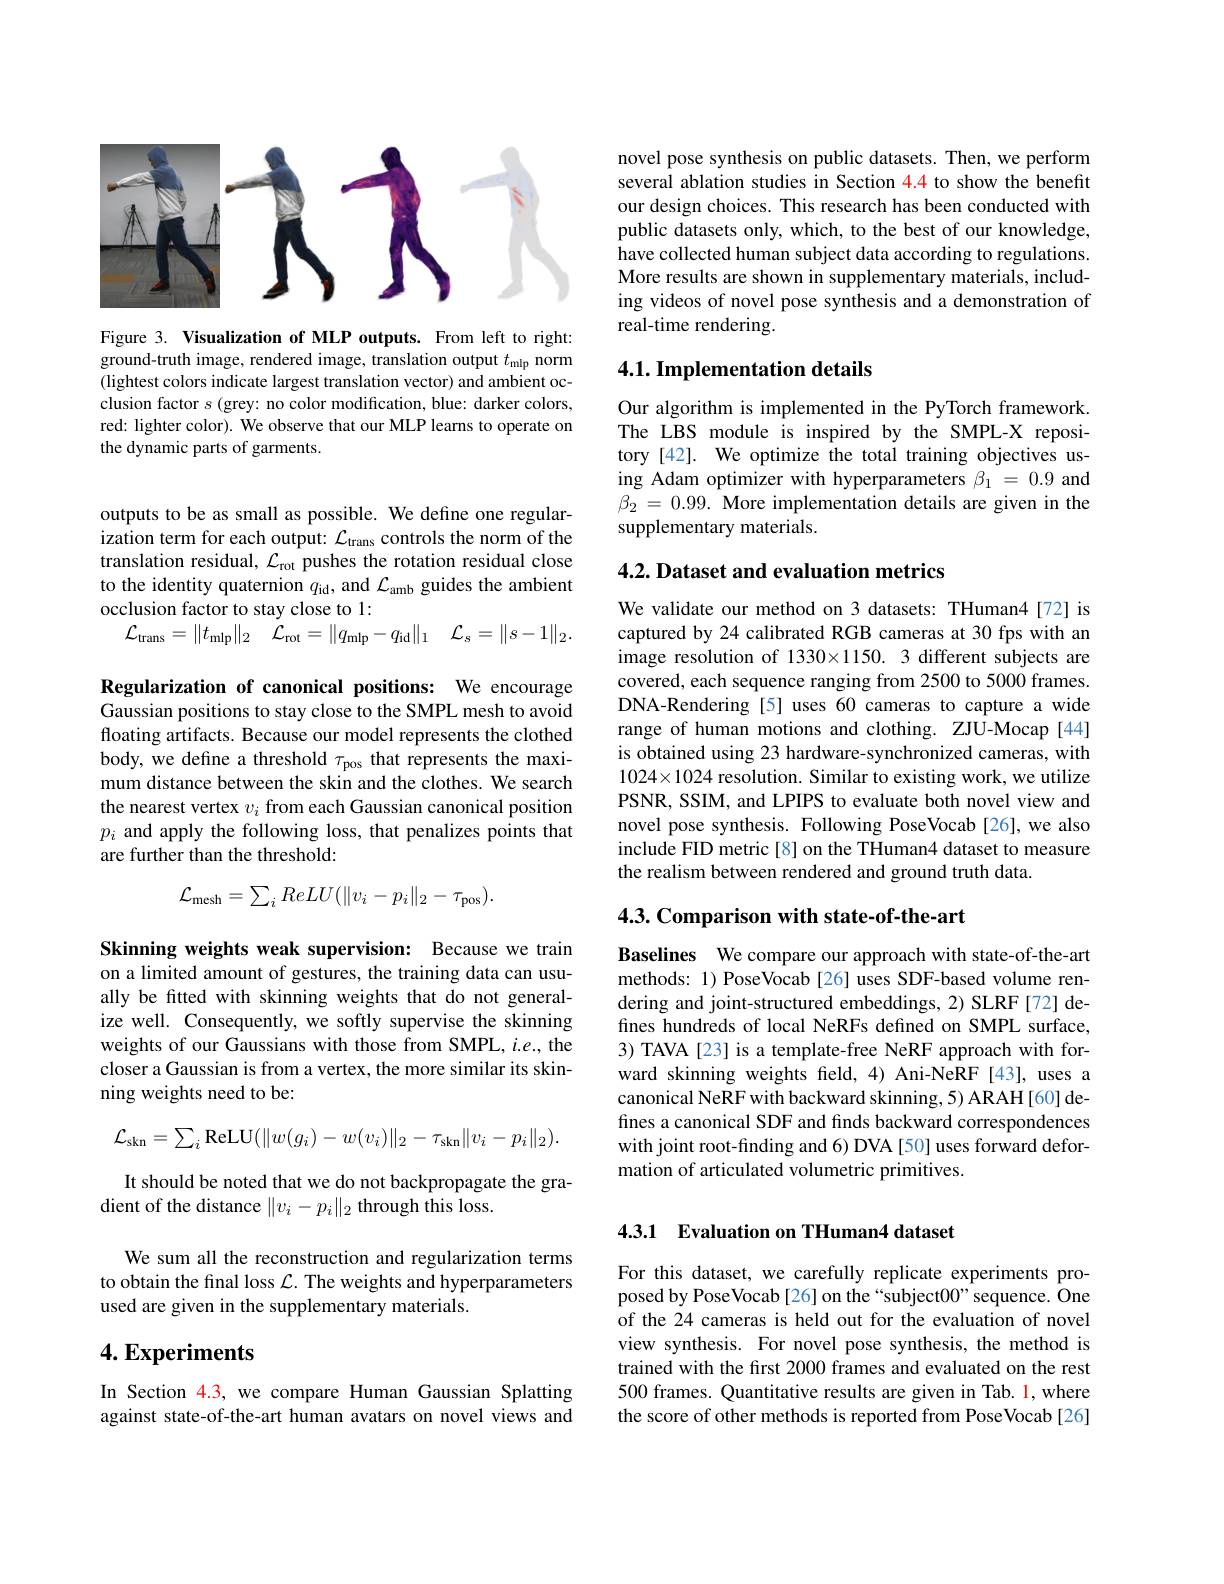
<FigureHere>

Figure 3. Visualization of MLP outputs. From left to right: ground-truth image, rendered image, translation output $t_\mathrm{mlp}$ norm (lightest colors indicate largest translation vector) and ambient occlusion factor $s$ (grey: no color modification, blue: darker colors, red: lighter color). We observe that our MLP learns to operate on the dynamic parts of garments.

outputs to be as small as possible. We define one regularization term for each output: $\mathcal{L}_\mathrm{trans}$ controls the norm of the translation residual, $\mathcal{L}_\mathrm{rot}$ pushes the rotation residual close to the identity quaternion $q_\mathrm{id}$, and $\mathcal{L}_\mathrm{amb}$ guides the ambient occlusion factor to stay close to 1:
$$\mathcal{L}_{\mathrm{trans}}=\|t_{\mathrm{mlp}}\|_{2}\quad\mathcal{L}_{\mathrm{rot}}=\|q_{\mathrm{mlp}}-q_{\mathrm{id}}\|_{1}\quad\mathcal{L}_{s}=\|s-1\|_{2}.$$
Regularization of canonical positions: We encourage Gaussian positions to stay close to the SMPL mesh to avoid floating artifacts. Because our model represents the clothed body, we define a threshold $\tau_\mathrm{pos}$ that represents the maximum distance between the skin and the clothes. We search the nearest vertex $v_i$ from each Gaussian canonical position $p_{i}$ and apply the following loss, that penalizes points that are further than the threshold:
$$\mathcal{L}_{\mathrm{mesh}}=\sum_{i}ReLU(\|v_{i}-p_{i}\|_{2}-\tau_{\mathrm{pos}}).$$
Skinning weights weak supervision: Because we train on a limited amount of gestures, the training data can usually be fitted with skinning weights that do not generalize well. Consequently, we softly supervise the skinning weights of our Gaussians with those from SMPL, $i.e.$,the closer a Gaussian is from a vertex, the more similar its skinning weights need to be:
$$\mathcal{L}_{\mathrm{skn}}=\sum_{i}\mathrm{ReLU}(\|w(g_{i})-w(v_{i})\|_{2}-\tau_{\mathrm{skn}}\|v_{i}-p_{i}\|_{2}).$$
It should be noted that we do not backpropagate the gra-
dient of the distance $\|v_i-p_i\|_2$ through this loss.

We sum all the reconstruction and regularization terms to obtain the final loss $\mathcal{L}.$ The weights and hyperparameters used are given in the supplementary materials.

## $4. \textbf{Experiments}$

In Section 4.3, we compare Human Gaussian Splatting against state-of-the-art human avatars on novel views and

novel pose synthesis on public datasets. Then, we perform several ablation studies in Section 4.4 to show the benefit our design choices. This research has been conducted with public datasets only, which, to the best of our knowledge, have collected human subject data according to regulations More results are shown in supplementary materials, including videos of novel pose synthesis and a demonstration of real-time rendering.

## 4.1. Implementation details

Our algorithm is implemented in the PyTorch framework The LBS module is inspired by the SMPL-X repository[42]. We optimize the total training objectives using Adam optimizer with hyperparameters $\beta_1=0.9$ and $\beta _{2}$ = 0.99. More implementation details are given in the supplementary materials.

$4. 2. \textbf{Dataset and evaluation metrics}$

We validate our method on 3 datasets: THuman4[72] is captured by 24 calibrated RGB cameras at 30 fps with an image resolution of 1330×1150. 3 different subjects are covered, each sequence ranging from 2500 to 5000 frames DNA-Rendering[5] uses 60 cameras to capture a wide range of human motions and clothing. ZJU-Mocap [44] is obtained using 23 hardware-synchronized cameras, with $1024\times1024$ resolution. Similar to existing work, we utilize PSNR, SSIM, and LPIPS to evaluate both novel view and novel pose synthesis. Following PoseVocab[26], we also include FID metric[8] on the THuman4 dataset to measure the realism between rendered and ground truth data.

## $4. 3. \textbf{Comparison with state- of- the- art}$

Baselines We compare our approach with state-of-the-art methods: 1) PoseVocab[26] uses SDF-based volume rendering and joint-structured embeddings, 2) SLRF[72] defines hundreds of local NeRFs defined on SMPL surface, 3) TAVA [23] is a template-free NeRF approach with forward skinning weights field, 4) Ani-NeRF[43], uses a canonical NeRF with backward skinning, 5) ARAH[60] defines a canonical SDF and finds backward correspondences with joint root-finding and 6) DVA [50] uses forward deformation of articulated volumetric primitives.

### 4.3.1 Evaluation on THuman4 dataset

For this dataset, we carefully replicate experiments proposed by PoseVocab[26] on the“subject00” sequence. One of the 24 cameras is held out for the evaluation of novel view synthesis. For novel pose synthesis, the method is trained with the first 2000 frames and evaluated on the rest 500 frames. Quantitative results are given in Tab. 1, where the score of other methods is reported from PoseVocab[26]